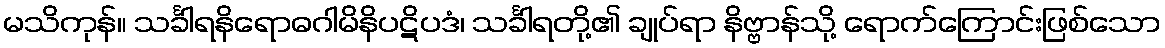
မသိကုန်။ သင်္ခါရနိရောဓဂါမိနိပဋိပဒံ၊ သင်္ခါရတို့၏ ချုပ်ရာ နိဗ္ဗာန်သို့ ရောက်ကြောင်းဖြစ်သော